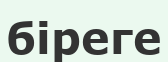
біреге